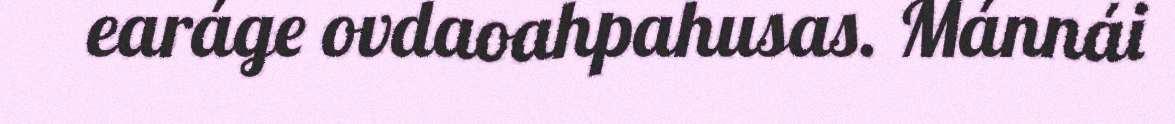
earáge ovdaoahpahusas. Mánnái